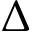
\Delta